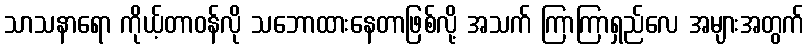
သာသနာရော ကိုယ့်တာဝန်လို သဘောထားနေတာဖြစ်လို့ အသက် ကြာကြာရှည်လေ အများအတွက်